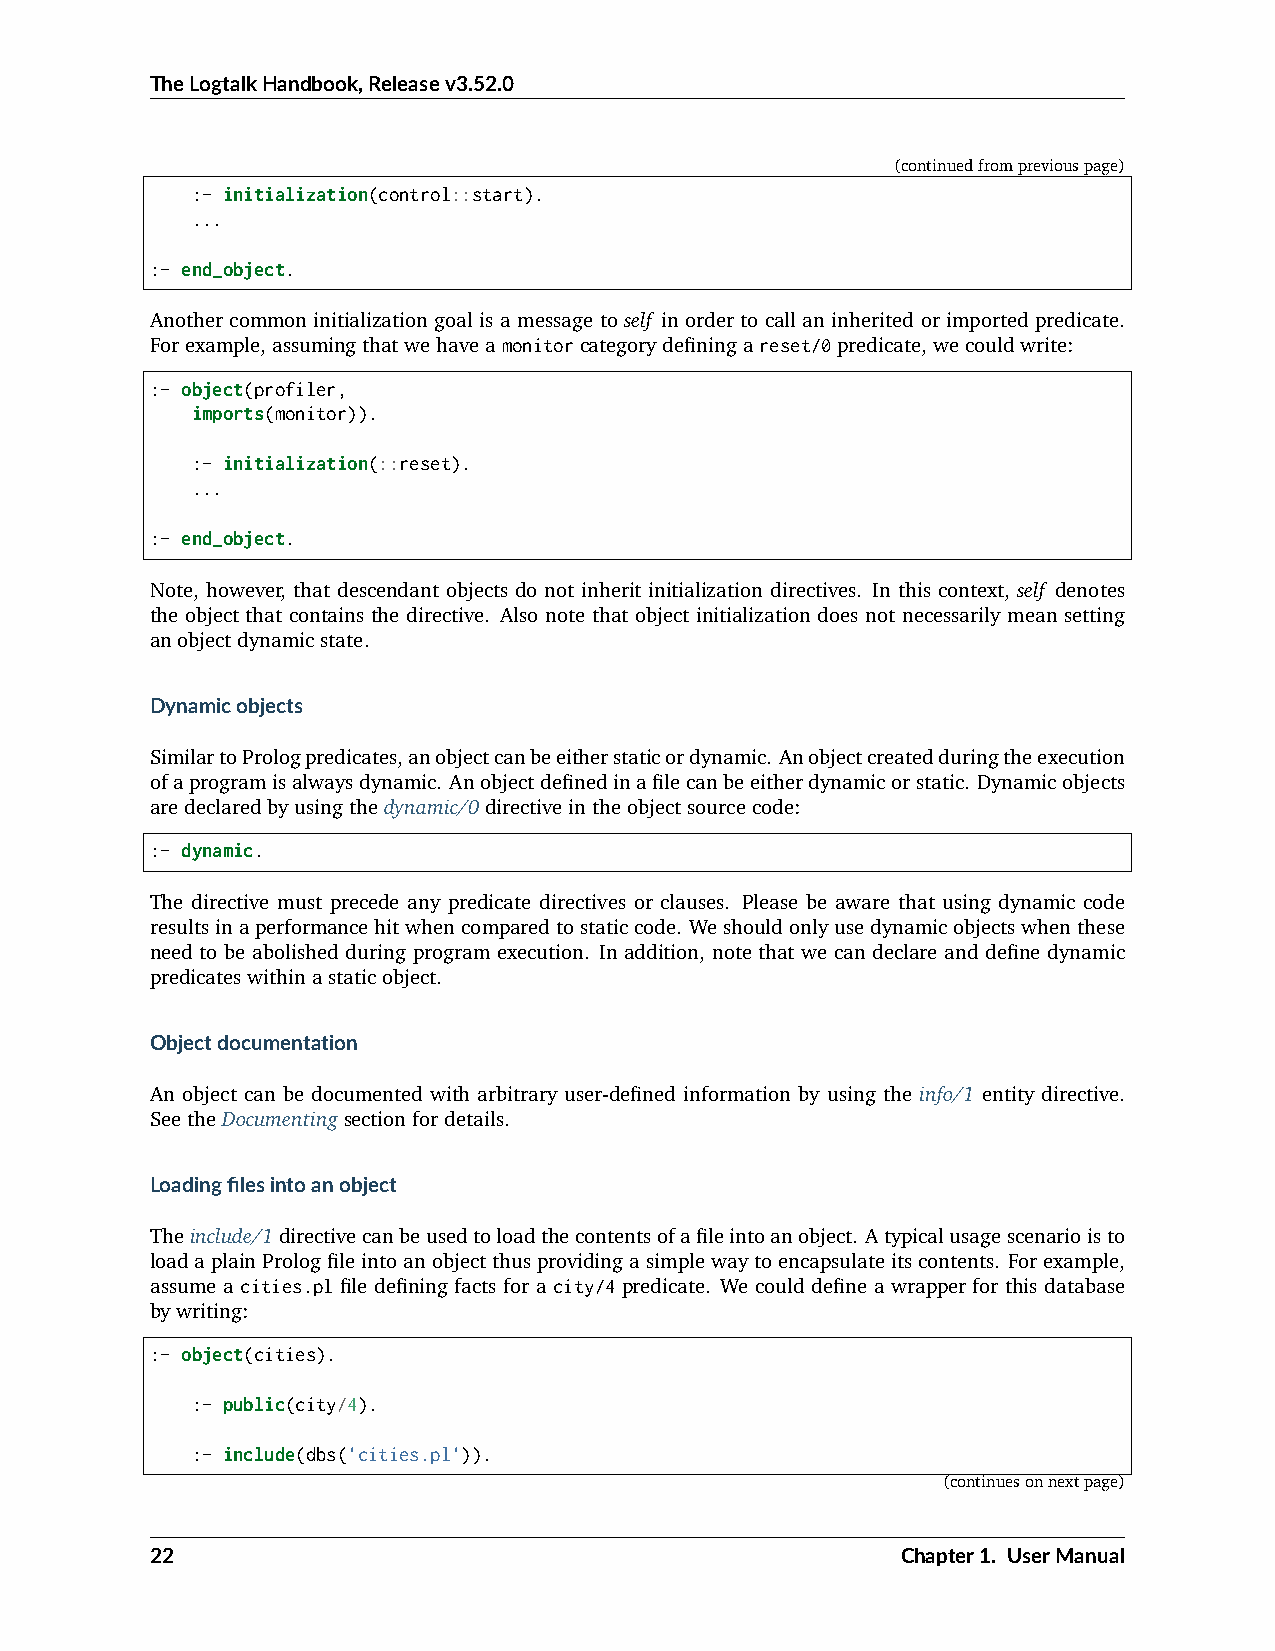
TheLogtalkHandbook,Releasev3.52.0
 (continuedfrompreviouspage)
 :- initialization(control::start).
 ...
 :- end_object.
 Another common initialization goal is a message to self in order to call an inherited or imported predicate.
 Forexample,assumingthatwehaveamonitorcategorydefiningareset/0predicate,wecouldwrite:
 :- object(profiler,
 imports(monitor)).
 :- initialization(::reset).
 ...
 :- end_object.
 Note, however, that descendant objects do not inherit initialization directives. In this context, self denotes
 the object that contains the directive. Also note that object initialization does not necessarily mean setting
 anobjectdynamicstate.
 Dynamicobjects
 SimilartoPrologpredicates,anobjectcanbeeitherstaticordynamic. Anobjectcreatedduringtheexecution
 ofaprogramisalwaysdynamic. Anobjectdefinedinafilecanbeeitherdynamicorstatic. Dynamicobjects
 aredeclaredbyusingthedynamic/0directiveintheobjectsourcecode:
 :- dynamic.
 The directive must precede any predicate directives or clauses. Please be aware that using dynamic code
 resultsinaperformancehitwhencomparedtostaticcode. Weshouldonlyusedynamicobjectswhenthese
 need to be abolished during program execution. In addition, note that we can declare and define dynamic
 predicateswithinastaticobject.
 Objectdocumentation
 An object can be documented with arbitrary user-defined information by using the info/1 entity directive.
 SeetheDocumentingsectionfordetails.
 Loadingfilesintoanobject
 Theinclude/1directivecanbeusedtoloadthecontentsofafileintoanobject. Atypicalusagescenarioisto
 loadaplainPrologfileintoanobjectthusprovidingasimplewaytoencapsulateitscontents. Forexample,
 assume a cities.pl file defining facts for a city/4 predicate. We could define a wrapper for this database
 bywriting:
 :- object(cities).
 :- public(city/4).
 :- include(dbs('cities.pl')).
 (continuesonnextpage)
 22                                                Chapter1. UserManual